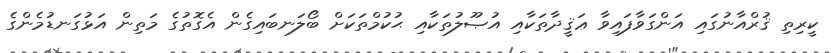
ކީރިތި ޤުރްއާނުގައި އަންގަވާފައިވާ ޢަޤީދާތަކާއި އުޞޫލުތަކާއި ޙުކުމްތަކަށް ބޯލަނބައިގެން އެގޮތުގެ މަތިން އަޅުގަނޑުމެންގެ